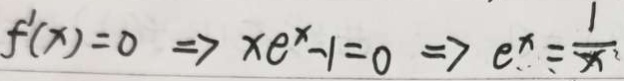
f ^ { \prime } ( x ) = 0 \Rightarrow x e ^ { x } - 1 = 0 \Rightarrow e ^ { x } = \frac { 1 } { x }